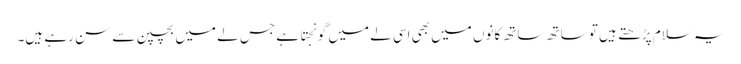
یہ سلام پڑھتے ہیں تو ساتھ ساتھ کانوں میں بھی اسی لے میں گونجتا ہے جس لے میں بچپن سے سن رہے ہیں۔